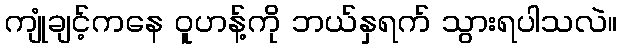
ကျုံချင့်ကနေ ဝူဟန့်ကို ဘယ်နှရက် သွားရပါသလဲ။